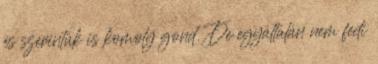
és szerintük is komoly gond. De egyáltalán nem fedi